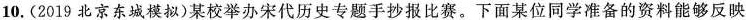
10.(2019 北京东城模拟)某校举办宋代历史专题手抄报比赛。下面某位同学准备的资料能够反映